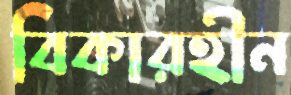
বিকারহীন